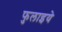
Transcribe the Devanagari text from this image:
फुलाइये